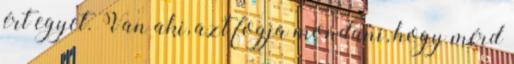
ért egyet. Van aki, azt fogja mondani, hogy mérd